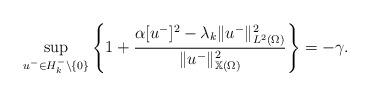
LaTeX: \begin{align*}\sup_{u^-\in H_k^- \setminus \{0\}}\left\{1+ \dfrac{\alpha [u^-]^2 -\lambda_k \|u^-\|^2_{L^2(\Omega)}}{\|u^-\|_{\mathbb{X}(\Omega)}^2}\right\} = -\gamma.\end{align*}